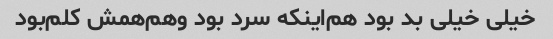
خیلی خیلی بد بود هم‌اینکه سرد بود و‌هم‌همش کلم‌بود